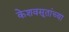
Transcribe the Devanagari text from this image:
केशवसूतांच्या